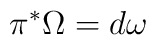
\pi^* \Omega = d\omega